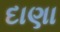
દાણા